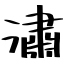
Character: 潚